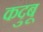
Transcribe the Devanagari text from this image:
कदुबू